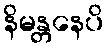
နိမန္တနေပိ